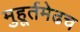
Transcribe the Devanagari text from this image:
मुहूर्तमेढच